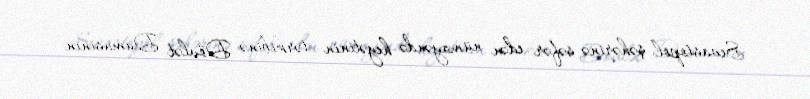
Sevastopol şəhərinə səfər edən nümayəndə heyətinin tərkibinə Dövlət Dumasının